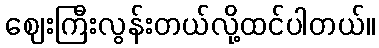
ဈေးကြီးလွန်းတယ်လို့ထင်ပါတယ်။